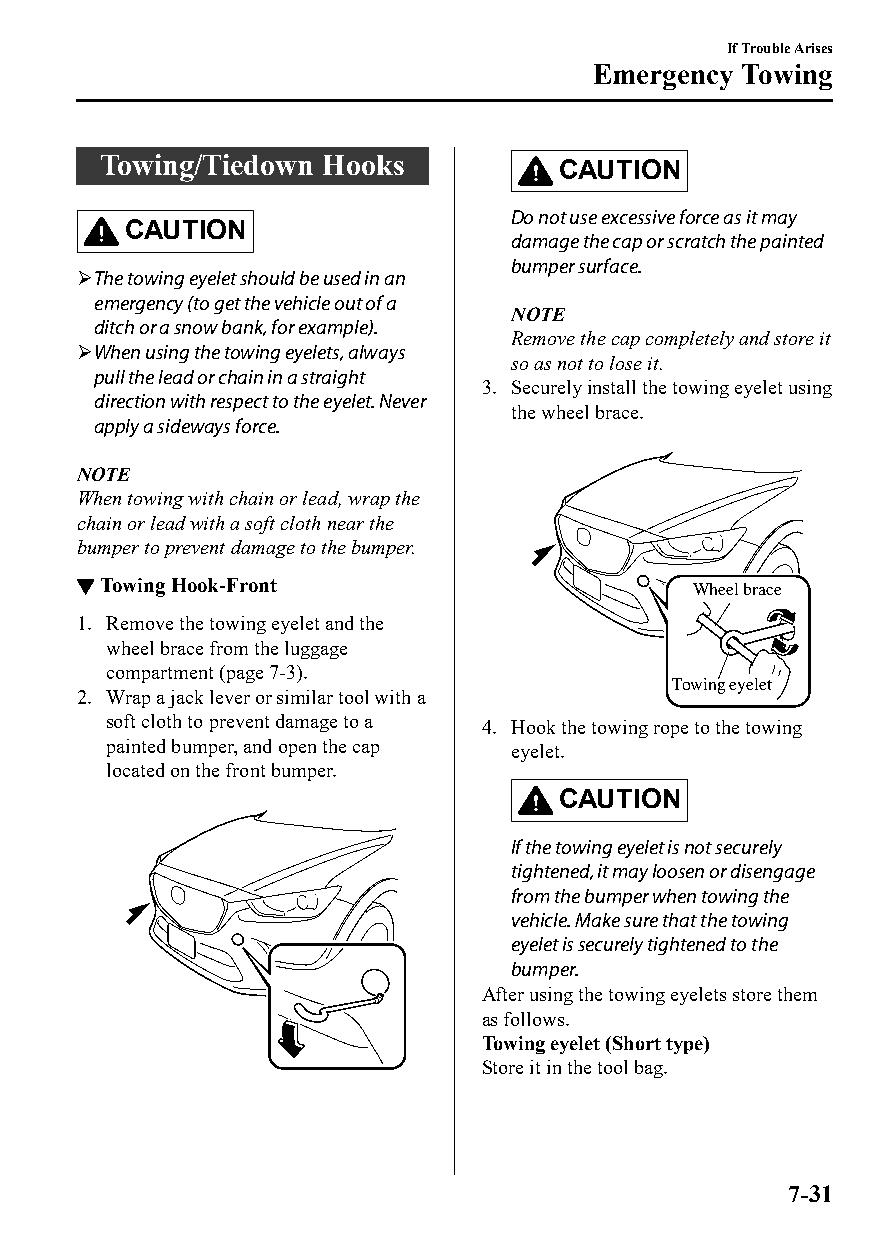
If Trouble Arises
 Emergency Towing
 Towing/Tiedown Hooks           CAUTION
 Do not use excessive force as it may
 CAUTION
 damage the cap or scratch the painted
 bumper surface.
 The towing eyelet should be used in an
 emergency (to get the vehicle out of a
 NOTE
 ditch or a snow bank, for example).
 Remove the cap completely and store it
 When using the towing eyelets, always
 so as not to lose it.
 pull the lead or chain in a straight
 3. Securely install the towing eyelet using
 direction with respect to the eyelet. Never
 the wheel brace.
 apply a sideways force.
 NOTE
 When towing with chain or lead, wrap the
 chain or lead with a soft cloth near the
 bumper to prevent damage to the bumper.
 ▼Towing Hook-Front                       Wheel brace
 1. Remove the towing eyelet and the
 wheel brace from the luggage
 compartment (page 7-3).
 Towing eyelet
 2. Wrap a jack lever or similar tool with a
 soft cloth to prevent damage to a 4. Hook the towing rope to the towing
 painted bumper, and open the cap eyelet.
 located on the front bumper.
 CAUTION
 If the towing eyelet is not securely
 tightened, it may loosen or disengage
 from the bumper when towing the
 vehicle. Make sure that the towing
 eyelet is securely tightened to the
 bumper.
 After using the towing eyelets store them
 as follows.
 Towing eyelet (Short type)
 Store it in the tool bag.
 7-31
 CX-3_8GT4-EE-18D_Edition4                  2018-9-6 18:32:19